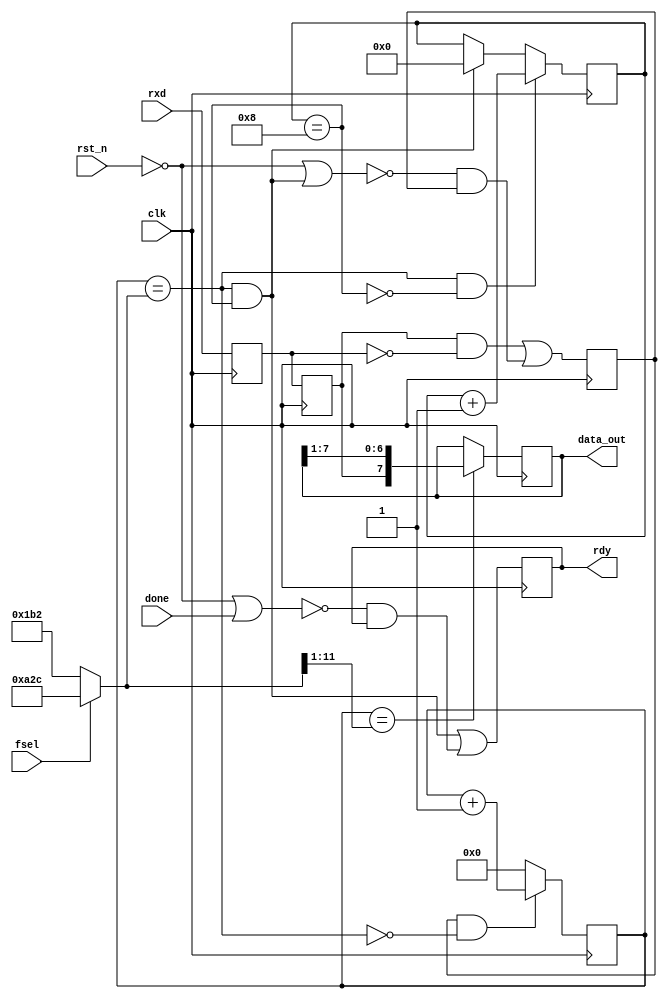
/**
  RS232 receiver
  115,200 and 19,200 baud, 8 bits
  --
  Architecture: ANY
  --
  Base: Project Oberon, NW 4.5.09 / 15.8.10 / 15.11.10 / 13.8.15
  --
  Changes by Gray, gray@grayraven.org:
  2020-05: Parameterised clock frequency
  https://oberon-rts.org/licences
**/

`timescale 1ns / 1ps
`default_nettype none

module rs232_rx #(parameter clock_freq = 50000000) (
  input wire clk,
  input wire rst_n,
  input wire done,
  input wire rxd,
  input wire fsel,
  output wire rdy,
  output wire [7:0] data_out
);

  localparam limitFast = clock_freq / 115200;
  localparam limitSlow = clock_freq / 19200;

  reg run, stat, Q0, Q1;
  reg [11:0] tick;
  reg [3:0] bitcnt;
  reg [7:0] shreg;
  wire endtick, midtick, endbit;
  wire [11:0] limit;

  assign rdy = stat;
  assign data_out = shreg;
  assign endtick = (tick == limit);
  assign midtick = (tick == {1'h0, limit[11:1]});
  assign endbit = (bitcnt == 8);
  // assign limit = fsel ? 2604 : 434; // 50 MHZ
  assign limit = fsel ? limitSlow[11:0] : limitFast[11:0];

  always @ (posedge clk) begin
    run <= ((Q1 & ~Q0) | (~(~rst_n | (endtick & endbit)) & run));
    stat <= ((endtick & endbit) | (~(~rst_n | done) & stat));
    Q0 <= rxd;
    Q1 <= Q0;
    tick <= (run & ~endtick) ? (tick + 1'b1) : 12'b0;
    bitcnt <= (endtick & ~endbit) ? (bitcnt + 1'b1) : (endtick & endbit) ? 4'b0 : bitcnt;
    shreg <= midtick ? {Q1, shreg[7:1]} : shreg;
  end
endmodule

`resetall